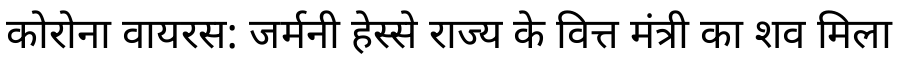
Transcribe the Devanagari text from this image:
कोरोना वायरस: जर्मनी हेस्से राज्य के वित्त मंत्री का शव मिला